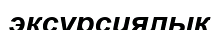
эксурсиялық